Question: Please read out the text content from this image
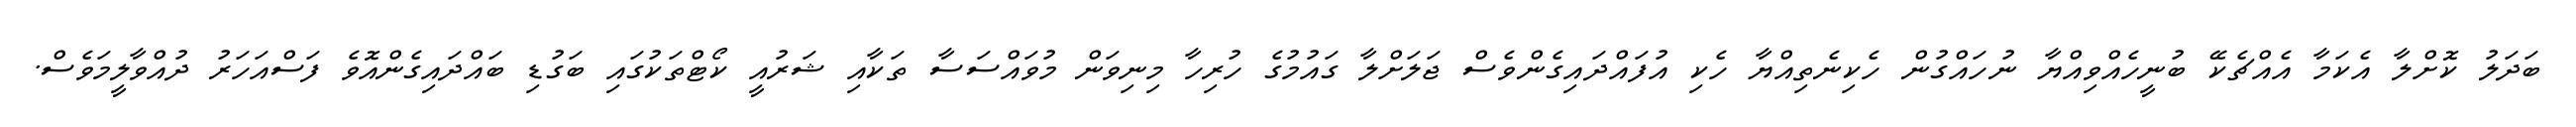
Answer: ބަދަލު ކޮށްލާ އެކަމާ އެއްޗެކޭ ބުނީހެއްވިއްޔާ ނުހައްގުން ހެކިނެތިއްޔާ ހެކި އުފައްދައިގެންވެސް ޖަލަށްލާ ގައުމުގެ ހުރިހާ މިނިވަން މުވައްސަސާ ތަކާއި ޝަރުއީ ކޯޓްތަކުގައި ބަގުޑި ބައްދައިގެންއޮވެ ފަސްއަހަރު ދުއްވާލީމަވެސް.